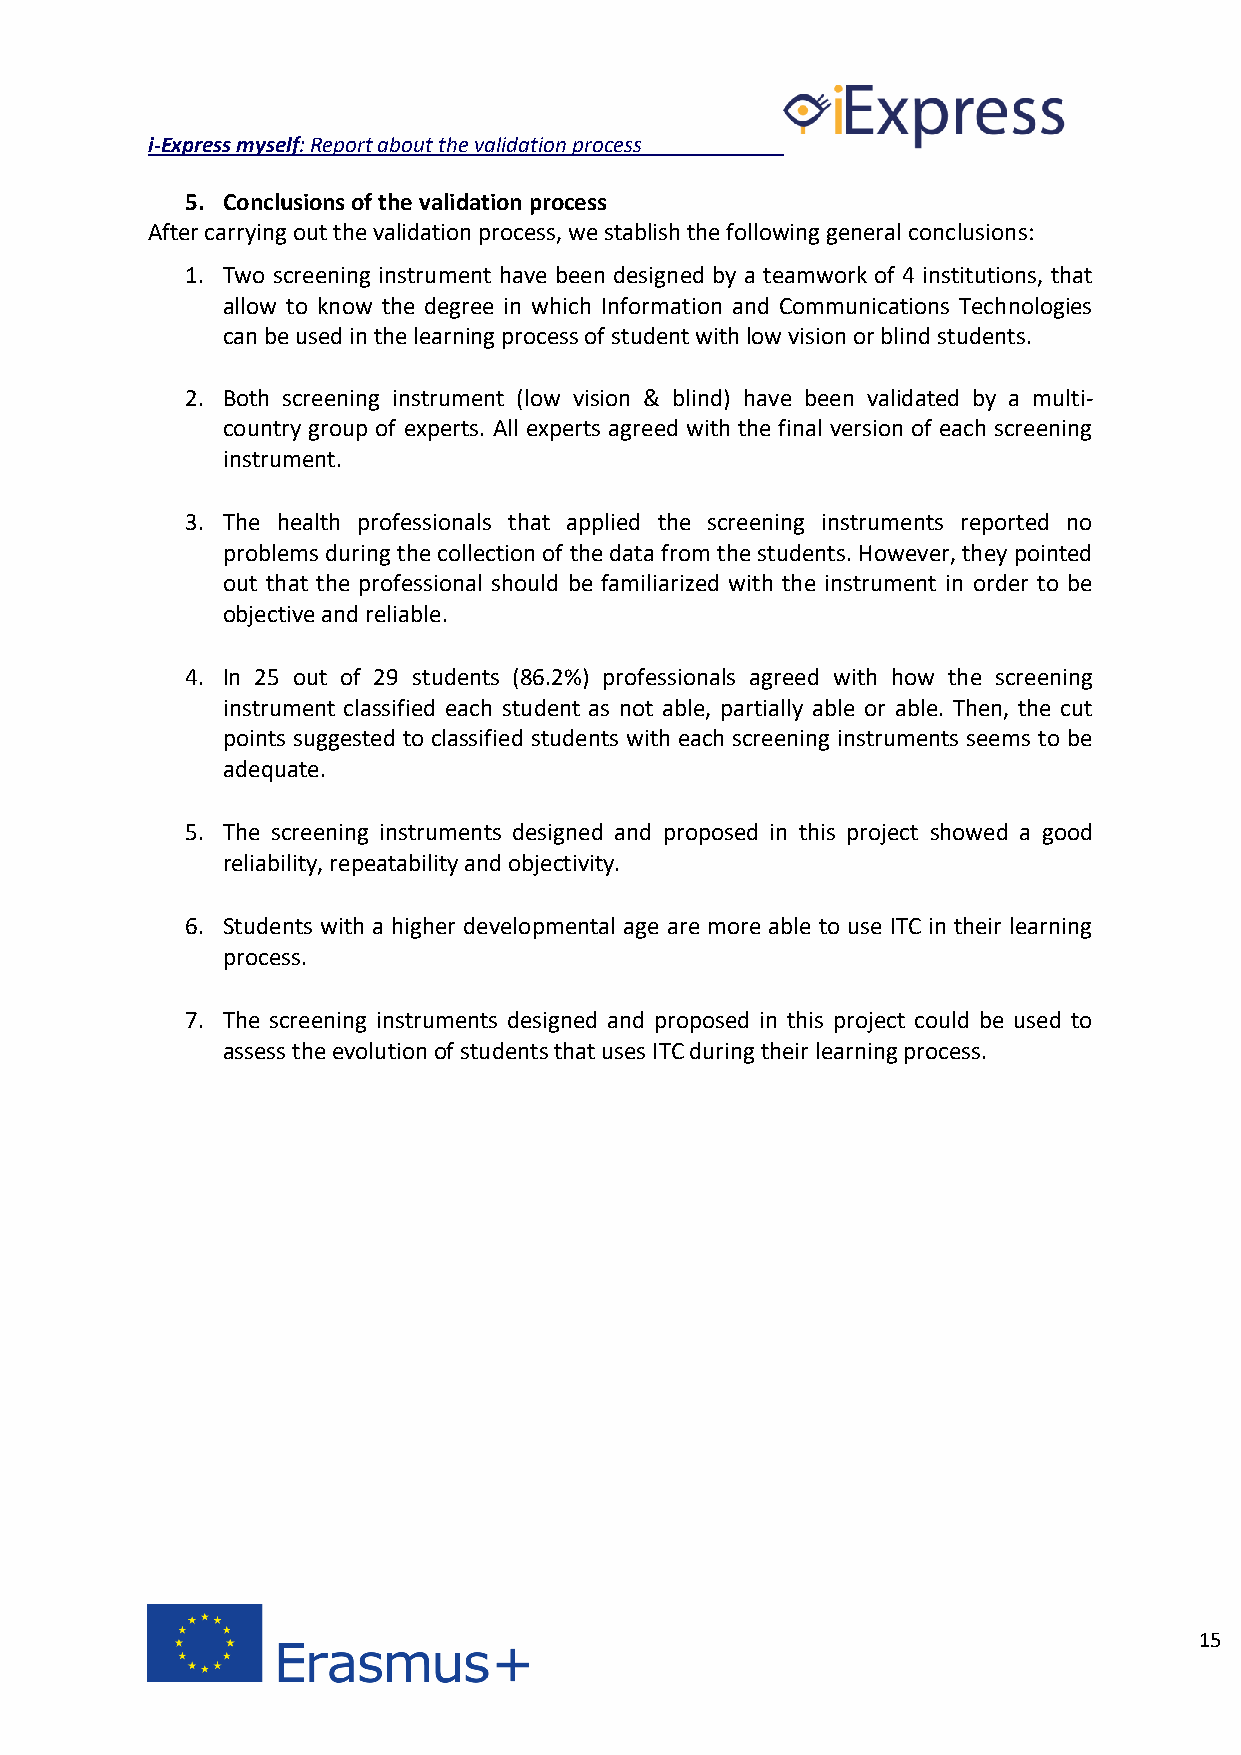
i-Express myself: Report about the validation process
 5. Conclusions of the validation process
 After carrying out the validation process, we stablish the following general conclusions:
 1. Two screening instrument have been designed by a teamwork of 4 institutions, that
 allow to know the degree in which Information and Communications Technologies
 can be used in the learning process of student with low vision or blind students.
 2. Both screening instrument (low vision & blind) have been validated by a multi-
 country group of experts. All experts agreed with the final version of each screening
 instrument.
 3. The health professionals that applied the screening instruments reported no
 problems during the collection of the data from the students. However, they pointed
 out that the professional should be familiarized with the instrument in order to be
 objective and reliable.
 4. In 25 out of 29 students (86.2%) professionals agreed with how the screening
 instrument classified each student as not able, partially able or able. Then, the cut
 points suggested to classified students with each screening instruments seems to be
 adequate.
 5. The screening instruments designed and proposed in this project showed a good
 reliability, repeatability and objectivity.
 6. Students with a higher developmental age are more able to use ITC in their learning
 process.
 7. The screening instruments designed and proposed in this project could be used to
 assess the evolution of students that uses ITC during their learning process.
 15